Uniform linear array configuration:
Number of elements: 48
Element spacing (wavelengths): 1
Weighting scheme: uniform
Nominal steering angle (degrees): -60
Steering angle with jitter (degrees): -61.246
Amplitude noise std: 0.05
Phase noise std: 0.05

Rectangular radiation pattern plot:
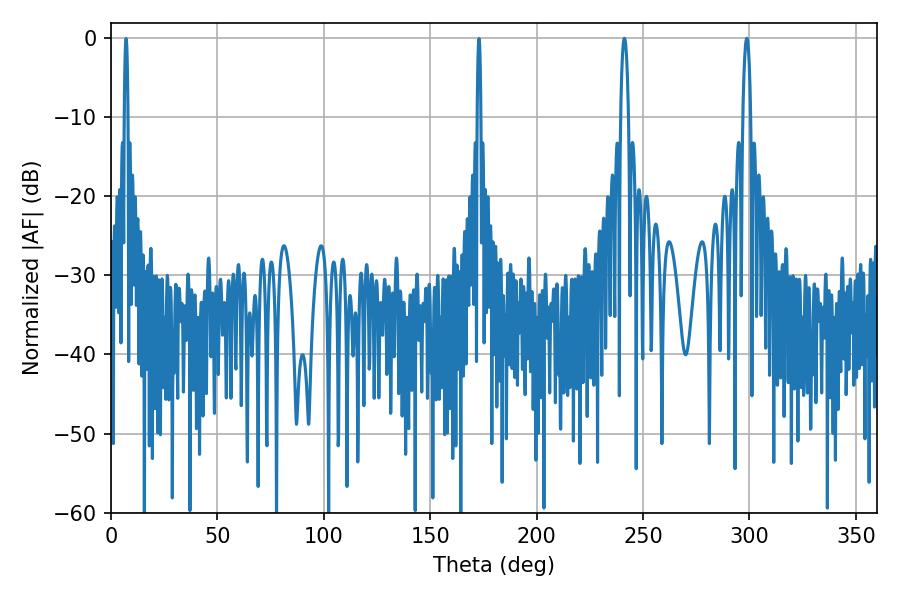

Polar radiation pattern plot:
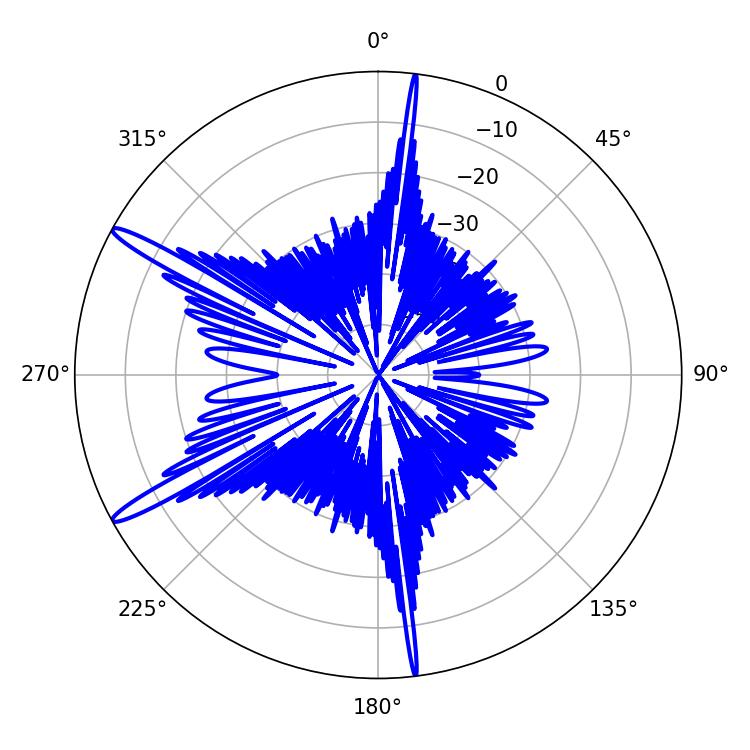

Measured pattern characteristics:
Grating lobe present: TRUE
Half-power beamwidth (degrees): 1.98
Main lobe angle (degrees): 241.2